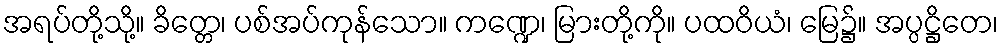
အရပ်တို့သို့။ ခိတ္တေ၊ ပစ်အပ်ကုန်သော။ ကဏ္ဍေ၊ မြားတို့ကို။ ပထဝိယံ၊ မြေ၌။ အပ္ပဋ္ဌိတေ၊